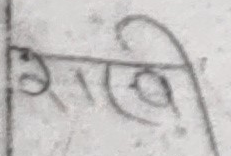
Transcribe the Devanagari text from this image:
साची